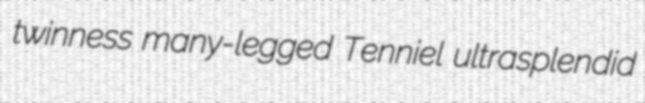
twinness many-legged Tenniel ultrasplendid